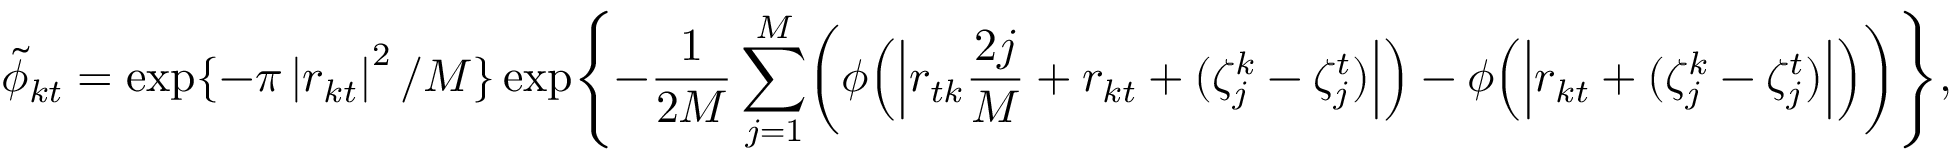
\tilde { \phi } _ { k t } = \exp \{ - { \pi } \left| r _ { k t } \right| ^ { 2 } / M \} \exp \Biggl \{ - \frac { 1 } { 2 M } \sum _ { j = 1 } ^ { M } \biggl ( \phi \Bigl ( \Bigl | r _ { t k } \frac { 2 j } { M } + r _ { k t } + ( \zeta _ { j } ^ { k } - \zeta _ { j } ^ { t } ) \Bigr | \Bigr ) - \phi \Bigl ( \Bigl | r _ { k t } + ( \zeta _ { j } ^ { k } - \zeta _ { j } ^ { t } ) \Bigr | \Bigr ) \biggr ) \Biggr \} ,